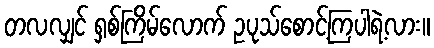
တလလျှင် ရှစ်ကြိမ်လောက် ဥပုသ်စောင့်ကြပါရဲ့လား။